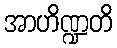
အာဟိဏ္ဍတိ